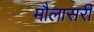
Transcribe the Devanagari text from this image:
मौलासरी